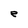
Character: e